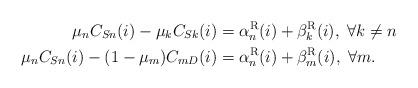
LaTeX: \begin{align*} \mu_n C_{Sn}(i) - \mu_k C_{Sk}(i) & = \alpha^{\rm R}_n(i) + \beta^{\rm R}_k(i),\; \forall k\neq n\\\mu_n C_{Sn}(i) - (1-\mu_m) C_{mD}(i) & = \alpha^{\rm R}_n(i) + \beta^{\rm R}_m(i),\; \forall m. \end{align*}